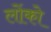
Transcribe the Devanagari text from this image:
लोंको